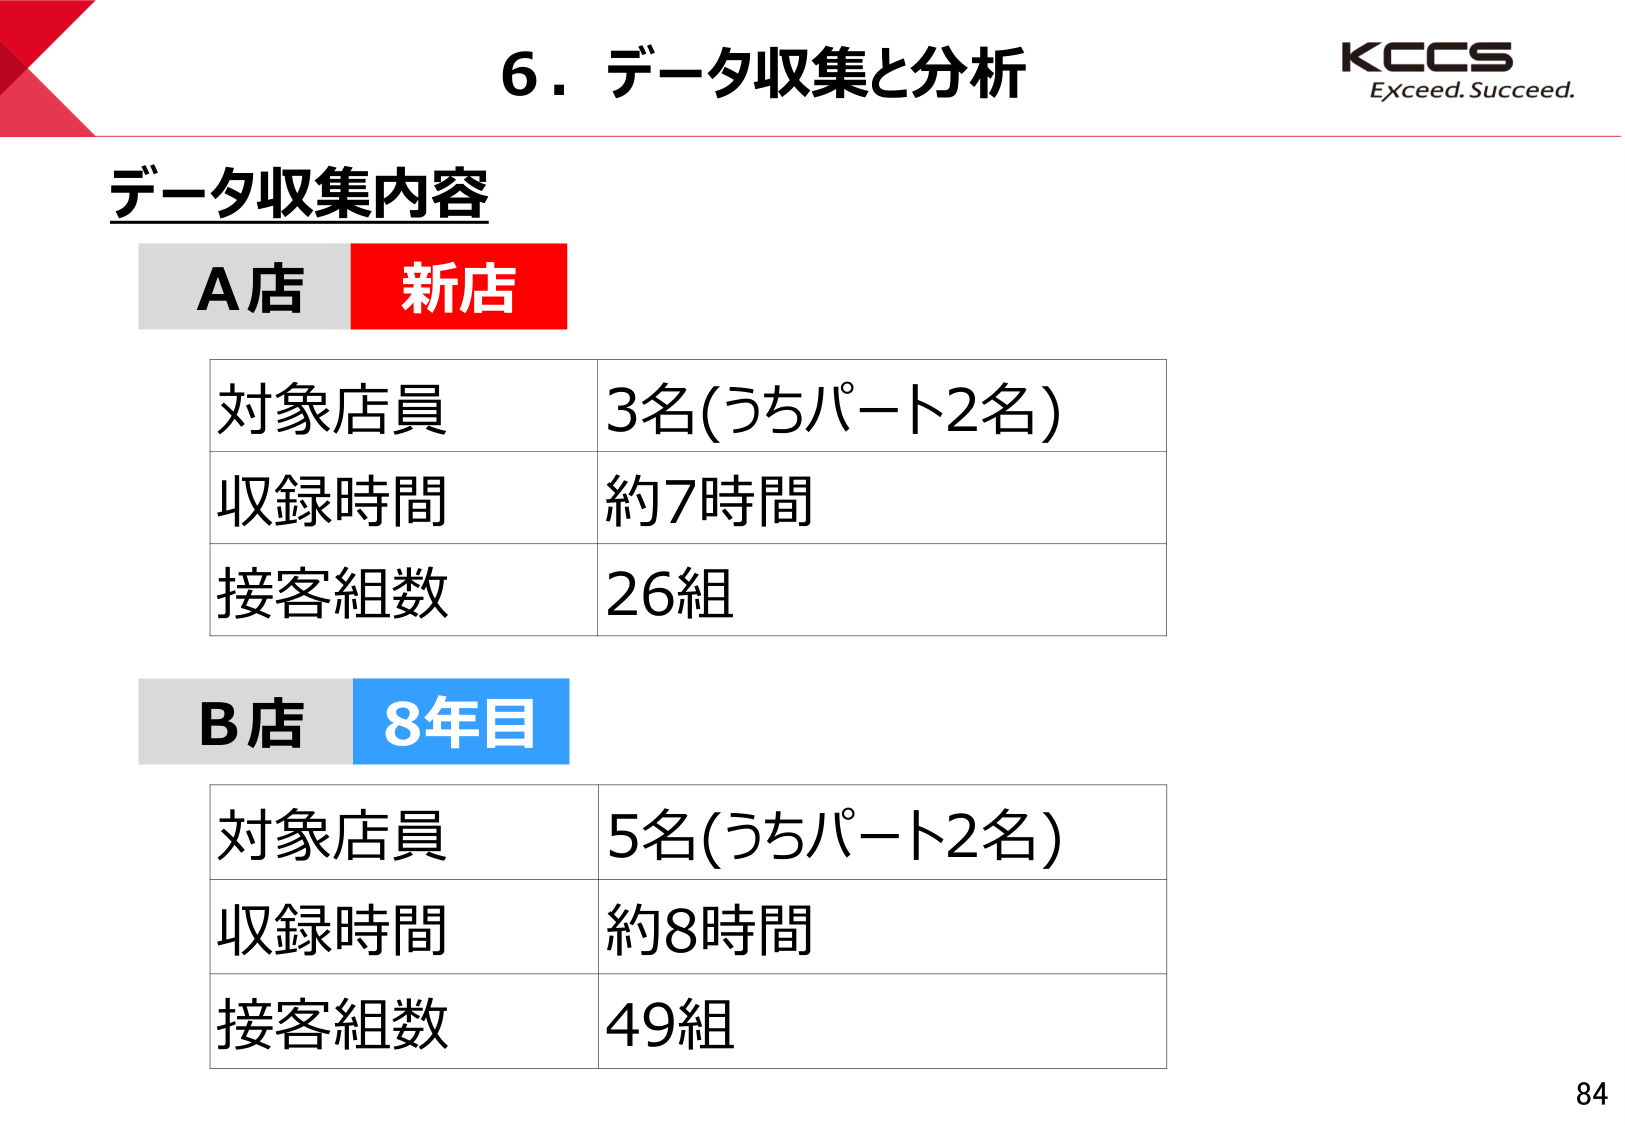
6．データ収集と分析
KCCS
Exceed. Succeed.

データ収集内容
A店 新店
対象店員 3名(うちパート2名)
収録時間 約7時間
接客組数 26組

B店 8年目
対象店員 5名(うちパート2名)
収録時間 約8時間
接客組数 49組

84